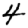
Digit: 4